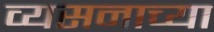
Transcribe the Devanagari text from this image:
व्यसनाच्या